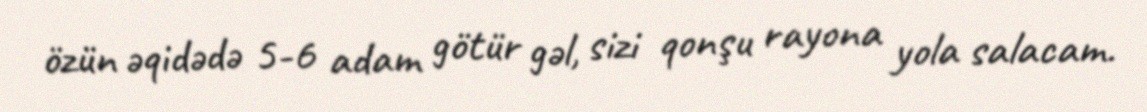
özün əqidədə 5-6 adam götür gəl, sizi qonşu rayona yola salacam.